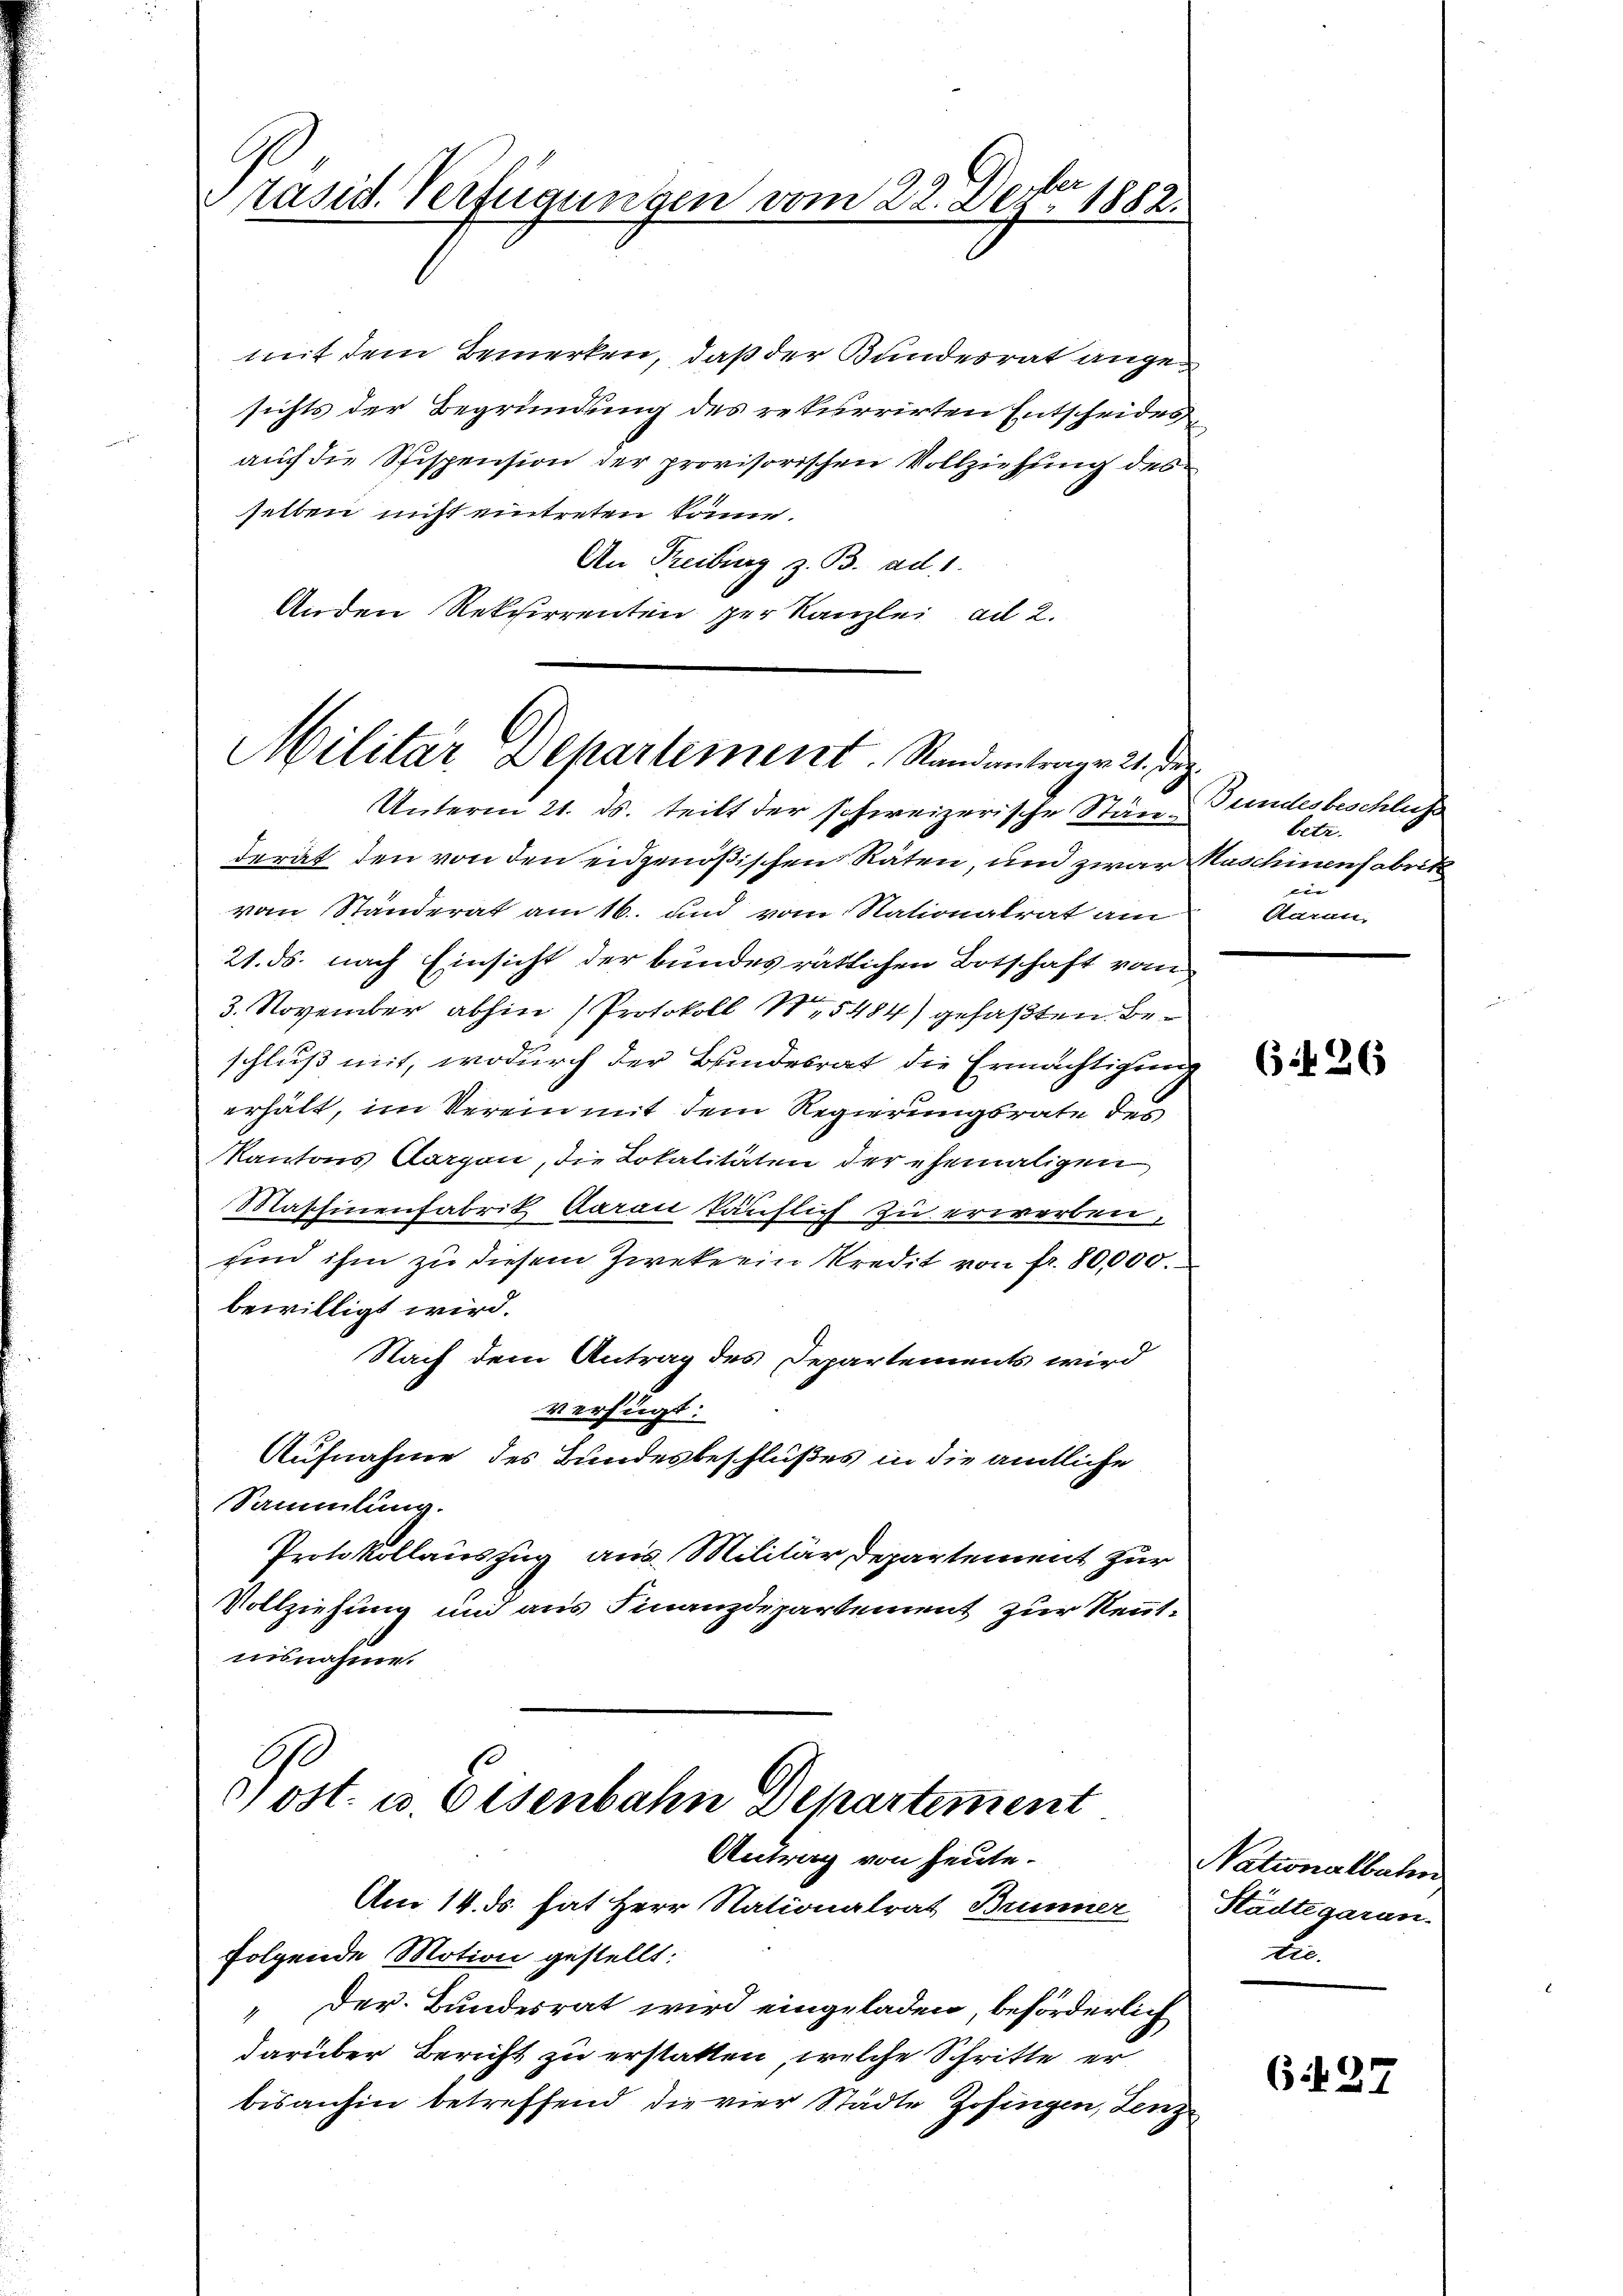
Präsid. Verfügungen vom 22. Detter 1882.

Militär Departement. Standantrage 21. Dez.

mit dem Bemerken, daß der Bundesrat angesichts der Begründung des rekurrirten Entscheides
auf die Spispension der provisorischen Vollziehung des
selben nicht eintreten könne.
An Freiburg z. B. ad 1.
Anden Rekurrenten per Kanzlei ad 2.

Unterm 21. ds. teilt der schweizerische Ständerät den von den eidgenößischen Räten, und zwar Maschinenfabrit
vom Ständerat am 16. und vom Stationalrat am
21. ds. nach Einsicht der bundes rätlichen Botschaft vom
3. November abhin (Protokoll 15484) gefaßten Beschluß mit, wodurch der Bundesrat die Ermächtigung
erhält, im Verein mit dem Regierungsrate des
Kantons Cargen, die Lokalitäten der ehemaligen
Maschinenfabrik daran käuflich zu erwerben,
und ihm zu diesem Zwekerin Kredit von fr. 80,000.
bewilligt wird.
Nach dem Antrag des Departements wird
verfügt:
Aufnahme des Bundesbeschlußes in die amtliche
Sammlung.
Protokollauszug aus Militär Departement zur
Vollziehung und aus Finanzdepartement zur Nenntnisnahme.
G
drost. u. Eisenbahn Departement

Antrag von heute.
Am 14. ds. hat Herr Nationalrat Brunner
folgende Motion gestellt:
Der Bundesrat wird eingeladen, beförderlich
darüber Bericht zu erstatten, welche Schritte er
bisanhin betreffend die vier Städte Zofingen, Lenz

Bundesbeschluss
betr.
tete |
Garan,

626

Nationalbahn
Städtegaran.
t

6 N. 27